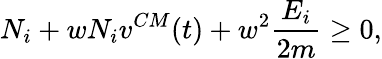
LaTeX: N_{i}+wN_{i}v^{CM}(t)+w^{2}\frac{E_{i}}{2m}\ge 0,